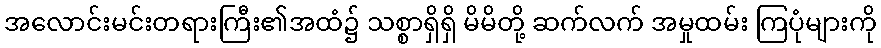
အလောင်းမင်းတရားကြီး၏အထံ၌ သစ္စာရှိရှိ မိမိတို့ ဆက်လက် အမှုထမ်း ကြပုံများကို